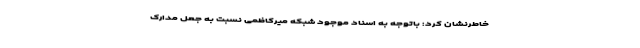
خاطرنشان کرد: باتوجه به اسناد موجود شبکه میرکاظمی نسبت به جعل مدارک